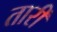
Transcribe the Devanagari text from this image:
तारीं